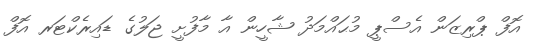
އޮފް ޕްރިޒަން އެސްޕީ މުޙައްމަދު ޝާހީން އާ މާފުށީ ޖަލުގެ ޑައިރެކްޓަރ އޮފް